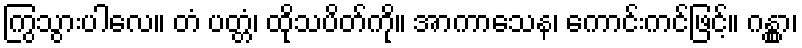
ကြွသွားပါလေ။ တံ ပတ္တံ၊ ထိုသပိတ်ကို။ အာကာသေန၊ ကောင်းကင်ဖြင့်။ ဂန္တွာ၊